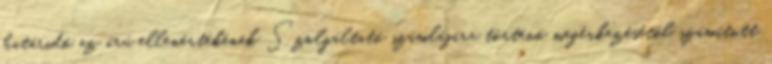
határidő az árú ellenértékének Szolgáltató számlájára történő megérkezésétől számított